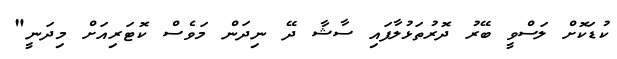
ކުޑަކޮށް ލަސްވީ ބޭރު ދޮރުތަޅުލާފައި ސާޝާ ދޭ ނިދަން މަވެސް ކޮޓަރިއަށް މިދަނީ"